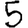
Digit: 5